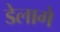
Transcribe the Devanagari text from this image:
डेलागे